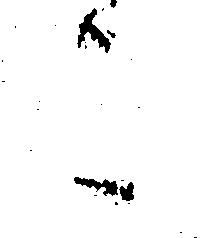
こ